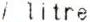
/LITRE